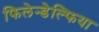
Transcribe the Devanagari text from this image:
फिलेन्डेल्फिया